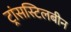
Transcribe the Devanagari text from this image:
ट्रांसस्टिलबीन